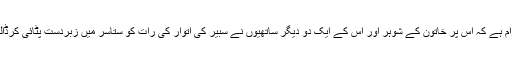
الزام ہے کہ اس پر خاتون کے شوہر اور اس کے ایک دو دیگر ساتھیوں نے سبیر کی اتوار کی رات کو ستاسر میں زبردست پٹائی کرڈالی۔